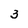
Character: 3